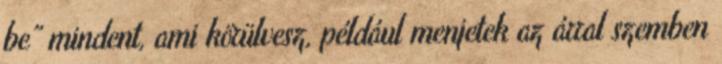
be” mindent, ami körülvesz, például menjetek az árral szemben